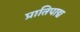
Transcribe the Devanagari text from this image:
प्रातिपाद्य